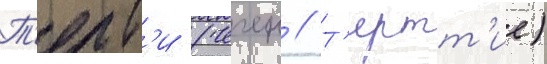
Т'ерт'и (чечен // Т'ертт'ие)